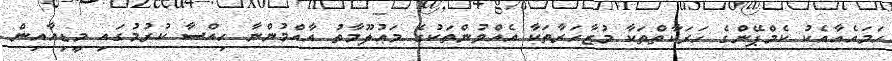
ހަމައެއާއެކު ކެމްޕޭންގެ ހަރަކާތްތަކާ މުޒާހަރާތަކާ އެއްވުންތަކުގެ މަޢުލޫމާތު އާއްްމުންނާ ހިއްސާ ކުރުމުގައި މީޑިއާއިން